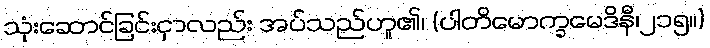
သုံးဆောင်ခြင်းငှာလည်း အပ်သည်ဟူ၏၊ (ပါတိမောက္ခမေဒိနီ၊၂၁၅။)